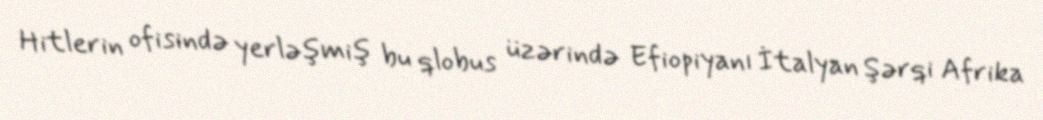
Hitlerin ofisində yerləşmiş bu qlobus üzərində Efiopiyanı İtalyan Şərqi Afrika